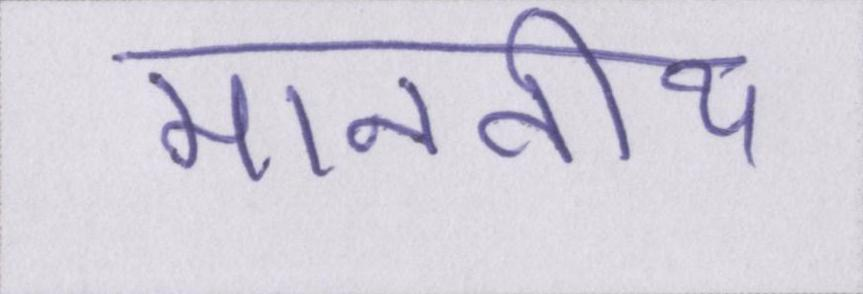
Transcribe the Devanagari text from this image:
माननीय